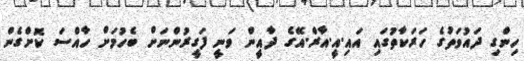
ހިންގި ދައުވަތުގެ ހަރަކާތުގައި އައި.އީ.އާރް.އޭގެ ދާއީން ވަނީ ފަގީރުންނަށް ބެހުމަށް ހާއްސަ ކޮށްގެން